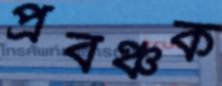
প্রবঞ্চক